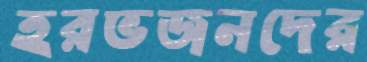
হরভজনদের